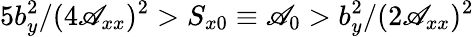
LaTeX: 5b_{y}^{2}/(4\mathscr{A}_{xx})^{2}>S_{x0}\equiv\mathscr{A}_{0}>b_{y}^{2}/(2\mathscr{A}_{xx})^{2}